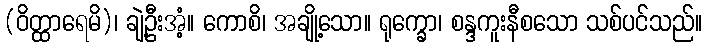
(ဝိတ္ထာရေမိ)၊ ချဲ့ဦးအံ့။ ကောစိ၊ အချို့သော။ ရုက္ခော၊ စန္ဒကူးနီစသော သစ်ပင်သည်။